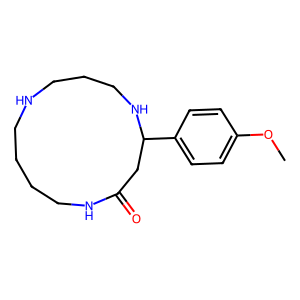
SMILES: COc1ccc(C2CC(=O)NCCCCNCCCN2)cc1
Inhibits HIV replication: No